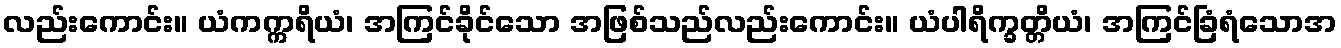
လည်းကောင်း။ ယံကက္ကရိယံ၊ အကြင်ခိုင်သော အဖြစ်သည်လည်းကောင်း။ ယံပါရိက္ခတ္တိယံ၊ အကြင်ခြံရံသောအ